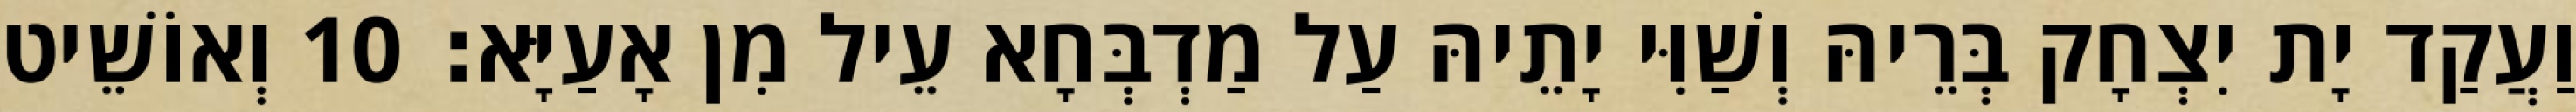
וַעֲקַד יָת יִצְחָק בְּרֵיהּ וְשַׁוִּי יָתֵיהּ עַל מַדְבְּחָא עֵיל מִן אָעַיָּא׃ 10 וְאוֹשֵׁיט